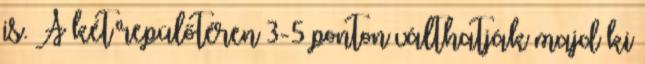
is. A két repülőtéren 3-5 ponton válthatják majd ki